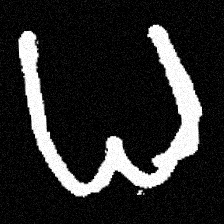
Pyu character \u2014 Myanmar letter: ဓ (romanized: dha)